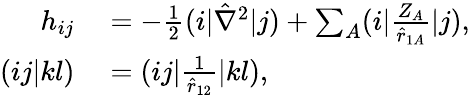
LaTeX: \begin{array}{rl}{h_{ij}}&{{}=-\frac{1}{2}(i|\hat{\nabla}^{2}|j)+\sum_{A}(i|\frac{Z_{A}}{\hat{r}_{1A}}|j),}\\ {(ij|kl)}&{{}=(ij|\frac{1}{\hat{r}_{12}}|kl),}\end{array}